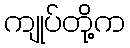
ကျုပ်တို့က